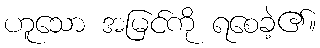
ဟူသော အမြင်ကို ရစေခဲ့၏။